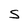
Character: S